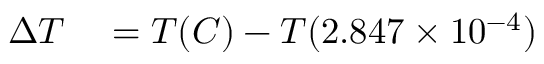
\begin{array} { r l } { \Delta T } & { { } = T ( C ) - T ( 2 . 8 4 7 \times 1 0 ^ { - 4 } ) } \end{array}